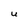
Character: U